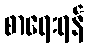
စာရေးရန်